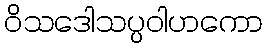
ဝိသဒေါသပ္ပဝါဟကော